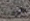
أنهينا